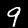
Digit: 9